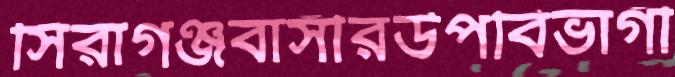
সিরাগঞ্জবাসীরউপবিভাগী